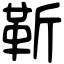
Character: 靳